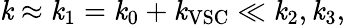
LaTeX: \mathit{k}\approx\mathit{k}_{1}=\mathit{k}_{0}+\mathit{k}_{\mathrm{{VSC}}}\ll\mathit{k}_{2},\mathit{k}_{3},